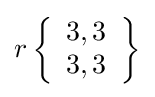
r\left\{{\begin{array}{l}3,3\\3,3\end{array}}\right\}